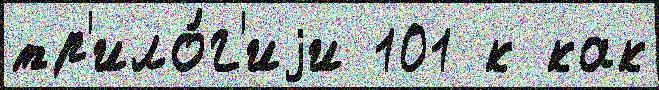
тр'ило́г'иjи 101 к как